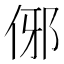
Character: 𬾈